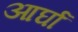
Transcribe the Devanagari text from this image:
आर्घा